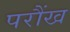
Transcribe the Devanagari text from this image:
परौंख